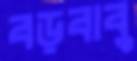
বড়বাবু